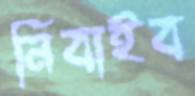
নিবাইব